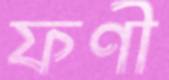
ফণী